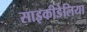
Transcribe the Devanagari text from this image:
साइकीडेलिया